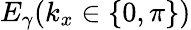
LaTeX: E_{\gamma}(k_{x}\in\{ 0,\pi\} )